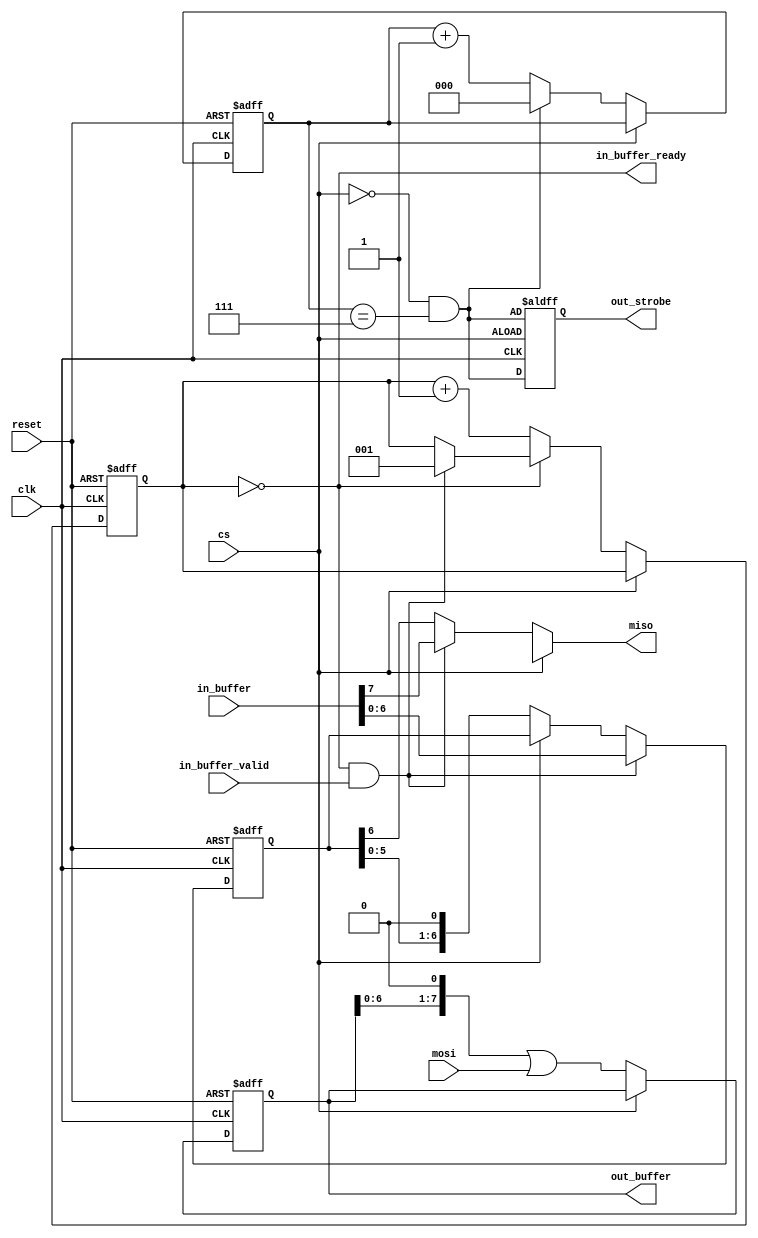
/*
Implements a (CPOL, CPHA) = (0, 0) buffered SPI device.

This should model the SiFive FE310 SPI controller because:
* CPOL = 0 (reason: clock idles 0)
* CPHA = 0 (reason: MOSI updates on neg-edge, and since CPOL=0 this means we must be CPHA=0 per https://hackaday.com/wp-content/uploads/2016/06/spi_polarities1.png)
*/

module spi #(
    parameter OUT_BUFFER_BITS = 8,
    parameter IN_BUFFER_BITS  = 8
) (
    /* SPI signals */
    input clk,
    input cs,
    input mosi,
    output reg miso,

    /* Interface */
    input reset,
    /* 
    Syncrounous and valid only as long as MOSI is valid. That is, until the
    negative edge of the SPI clock. This is awkward but it allows for the fast
    access to the current cycle's bit
    */
    output reg [OUT_BUFFER_BITS - 1 : 0] out_buffer,
    /* Strobes on every OUT_BUFFER_BITS captured */ 
    output reg out_strobe,

    input [IN_BUFFER_BITS - 1 : 0] in_buffer,
    output in_buffer_ready,
    input in_buffer_valid
);
    /* CS is active low */
    wire chip_en = !cs;

    /* ~* MOSI *~ */

    /* Drive the counter and strobe */
    // This field can be thought of as the _out_buffer buffered bit count
    reg [$clog2(OUT_BUFFER_BITS) - 1 : 0] out_buffer_cnt;

    /* Strobe when we're going to overflow this cycle */
    /* verilator lint_off WIDTH */
    wire _out_strobe = chip_en && (out_buffer_cnt == OUT_BUFFER_BITS - 1);
    /* lint_on */

    always @(posedge clk, posedge reset) begin
        if (reset) begin
            out_buffer_cnt <= 0;
        end
        else if (chip_en) begin
            if (_out_strobe) begin
                out_buffer_cnt <= 0;
            end
            else begin
                out_buffer_cnt <= out_buffer_cnt + 1;
            end
        end
        else begin
            /* 
            XXX: unclear what the expected behavior is when a chip is 
            deselected mid transaction. Hold, I guess?
            */
            out_buffer_cnt <= out_buffer_cnt;
        end
    end

    always @(posedge clk, negedge chip_en) begin
        if (!chip_en) begin
            out_strobe <= _out_strobe;
        end
        else begin
            out_strobe <= _out_strobe;
        end
    end

    /* Drive out_buffer */
    always @(posedge clk, posedge reset) begin
        if (reset) begin
            out_buffer <= 0;
        end
        else if (chip_en) begin
            /* We're capturing! Shift in */
            out_buffer <= (out_buffer << 1) | mosi;
        end
        else begin
            out_buffer <= out_buffer;
        end
    end

    /* ~* MISO *~ */

    /*
    MISO expects users to set in_buffer only on the negative edge of the clock
    and then hold it till the positive edge.
    This is done to provide zero cycle transmit delay.
    */
    /* Drive in_buffer_ready */
    reg [$clog2(IN_BUFFER_BITS) - 1 : 0] in_buffer_cnt;
    assign in_buffer_ready = (in_buffer_cnt == 0);
    wire will_internalize = in_buffer_ready && in_buffer_valid;
    always @(negedge clk, posedge reset) begin
        if (reset) begin
            in_buffer_cnt <= 0;
        end
        else if (chip_en) begin
            if (!in_buffer_ready) begin
                in_buffer_cnt <= in_buffer_cnt + 1;
            end
            else if (will_internalize) begin
                /* 
                We're going to internalize. This means we're also TXing this
                round, so start at 1.
                */
                in_buffer_cnt <= 1;
            end
            else begin
                /* We're ready but there's nothing to internalize. Hold. */
                in_buffer_cnt <= in_buffer_cnt;
            end
            
        end
        else begin
            /* XXX: hold if we're not selected... */
            in_buffer_cnt <= in_buffer_cnt;
        end
    end

    /* Drive _in_buffer */
    reg [IN_BUFFER_BITS - 2 : 0] _in_buffer;
    always @(negedge clk, posedge reset) begin
        if (reset) begin
            _in_buffer <= 0;
        end
        else if (will_internalize) begin
            /* 
            We only internalize the upper bits because transmit [0] this cycle
            */
            _in_buffer <= in_buffer[IN_BUFFER_BITS - 2 : 0];
        end
        else if (chip_en) begin
            /* We're transmitting this cycle, shift out */
            _in_buffer <= _in_buffer << 1;
        end
        else begin
            /* We're not transmitting this cycle, hold... */
            _in_buffer <= _in_buffer;
        end
    end

    /* Drive MISO */
    always @(*) begin
        if (!chip_en) begin
            miso = 1'bx; 
        end
        else if (will_internalize) begin
            miso = in_buffer[IN_BUFFER_BITS - 1];
        end
        else begin
            miso = _in_buffer[IN_BUFFER_BITS - 2];
        end
    end
endmodule